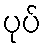
ပုပ်